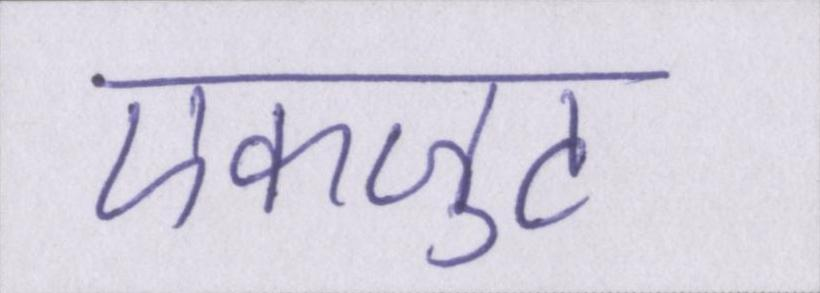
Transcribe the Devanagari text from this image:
एकजुट